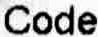
CODE